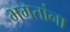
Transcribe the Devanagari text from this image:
भगतांना